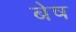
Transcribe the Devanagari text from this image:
बेष